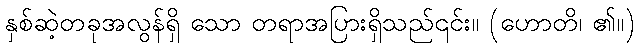
နှစ်ဆဲ့တခုအလွန်ရှိ သော တရာအပြားရှိသည်၎င်း။ (ဟောတိ၊ ၏။)